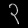
Digit: ၃